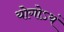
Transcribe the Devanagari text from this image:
योगोऽयं